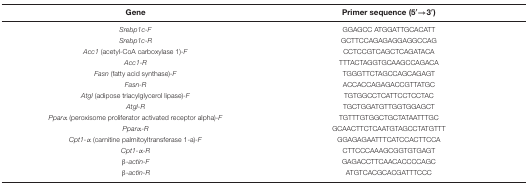
| Gene | Primer sequence (5′→3′) |
 | --- | --- |
 | Srebp1c-F | GGAGCC ATGGATTGCACATT |
 | Srebp1c-R | GCTTCCAGAGAGGAGGCCAG |
 | Acc1 (acetyl-CoA carboxylase 1)-F | CCTCCGTCAGCTCAGATACA |
 | Acc1-R | TTTACTAGGTGCAAGCCAGACA |
 | Fasn (fatty acid synthase)-F | TGGGTTCTAGCCAGCAGAGT |
 | Fasn-R | ACCACCAGAGACCGTTATGC |
 | Atgl (adipose triacylglycerol lipase)-F | TGTGGCCTCATTCCTCCTAC |
 | Atgl-R | TGCTGGATGTTGGTGGAGCT |
 | Pparα (peroxisome proliferator activated receptor alpha)-F | TGTTTGTGGCTGCTATAATTTGC |
 | Pparα-R | GCAACTTCTCAATGTAGCCTATGTTT |
 | Cpt1-α (carnitine palmitoyltransferase 1-a)-F | GGAGAGAATTTCATCCACTTCCA |
 | Cpt1-α-R | CTTCCCAAAGCGGTGTGAGT |
 | β-actin-F | GAGACCTTCAACACCCCAGC |
 | β-actin-R | ATGTCACGCACGATTTCCC |